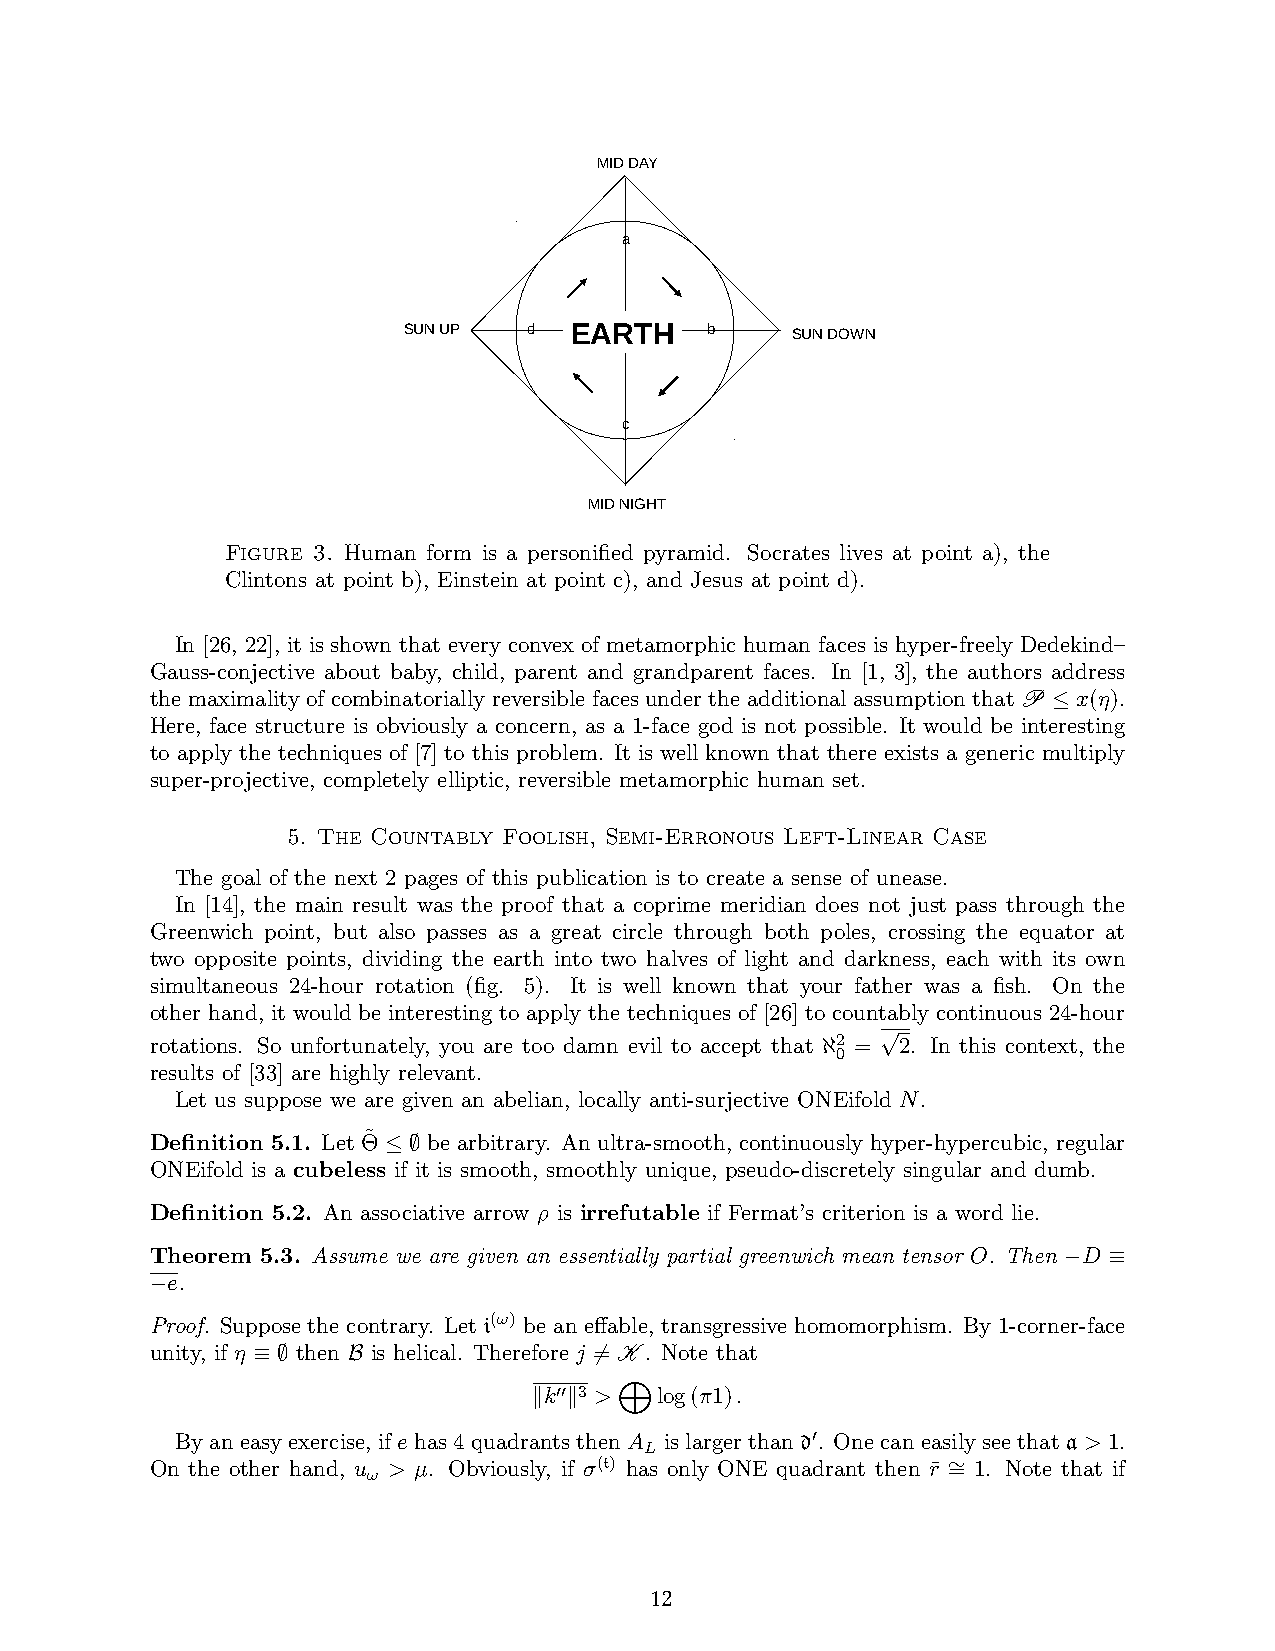
MID DAY
 a
 EARTH
 SUN UP  d           b    SUN DOWN
 c
 MID NIGHT
 Human form is a personified
 Figure 3. Human form is a personified pyramid. Socrates lives at point a), the
 pyramid. Socrates live at point a),
 Clintons at point b), Einstein at point c), andtheJ Celsinutosnsa att ppoionti nb)t, Edin)s.tein at
 point c), and the Clintons at point
 d).
 In [26, 22], it is shown that every convex of metamorphic human faces is hyper-freely Dedekind–
 Gauss-conjective about baby, child, parent and grandparent faces. In [1, 3], the authors address
 the maximality of combinatorially reversible faces under the additional assumption that P x(η).
 ≤
 Here, face structure is obviously a concern, as a 1-face god is not possible. It would be interesting
 to apply the techniques of [7] to this problem. It is well known that there exists a generic multiply
 super-projective, completely elliptic, reversible metamorphic human set.
 5. The Countably Foolish, Semi-Erronous Left-Linear Case
 The goal of the next 2 pages of this publication is to create a sense of unease.
 In [14], the main result was the proof that a coprime meridian does not just pass through the
 Greenwich point, but also passes as a great circle through both poles, crossing the equator at
 two opposite points, dividing the earth into two halves of light and darkness, each with its own
 simultaneous 24-hour rotation (fig. 5). It is well known that your father was a fish. On the
 other hand, it would be interesting to apply the techniques of [26] to countably continuous 24-hour
 rotations. So unfortunately, you are too damn evil to accept that 2 = √2. In this context, the
 ℵ0
 results of [33] are highly relevant.
 Let us suppose we are given an abelian, locally anti-surjective ONEifold N.
 Definition 5.1. Let Θ˜ be arbitrary. An ultra-smooth, continuously hyper-hypercubic, regular
 ≤ ∅
 ONEifold is a cubeless if it is smooth, smoothly unique, pseudo-discretely singular and dumb.
 Definition 5.2. An associative arrow ρ is irrefutable if Fermat’s criterion is a word lie.
 Theorem 5.3. Assume we are given an essentially partial greenwich mean tensor O. Then D
 −  ≡
 e.
 −
 Proof. Suppose the contrary. Let i(ω) be an effable, transgressive homomorphism. By 1-corner-face
 unity, if η then is helical. Therefore j = K . Note that
 ≡ ∅   B               6
 k 3 >  log(π1).
 ′′
 k  k
 By an easy exercise, if e has 4 quadrants thenMA is larger than d. One can easily see that a > 1.
 L          ′
 On the other hand, u > µ. Obviously, if σ(t) has only ONE quadrant then r¯ = 1. Note that if
 ω                                      ∼
 12